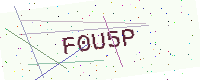
Text: F0U5P